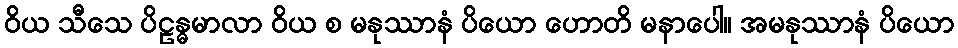
ဝိယ သီသေ ပိဠန္ဓမာလာ ဝိယ စ မနုဿာနံ ပိယော ဟောတိ မနာပေါ။ အမနုဿာနံ ပိယော